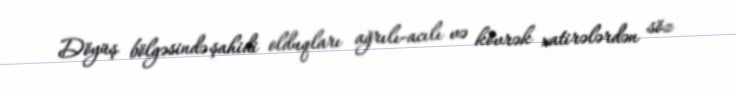
Döyüş bölgəsində şahidi olduqları ağrılı-acılı və kövrək xatirələrdən söz